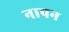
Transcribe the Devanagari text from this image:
नापन